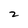
Character: z